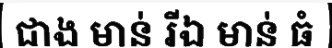
ជាង មាន់ រីឯ មាន់ ធំ